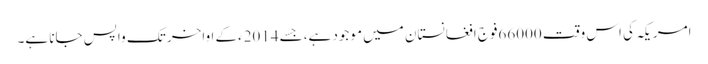
امریکہ کی اس وقت 66000فوج افغانستان میں موجود ہے،جسے 2014ءکے اواخر تک واپس جانا ہے۔